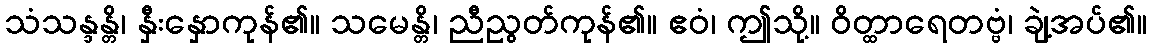
သံသန္ဒန္တိ၊ နှီးနှောကုန်၏။ သမေန္တိ၊ ညီညွတ်ကုန်၏။ ဧဝံ၊ ဤသို့။ ဝိတ္ထာရေတဗ္ဗံ၊ ချဲ့အပ်၏။